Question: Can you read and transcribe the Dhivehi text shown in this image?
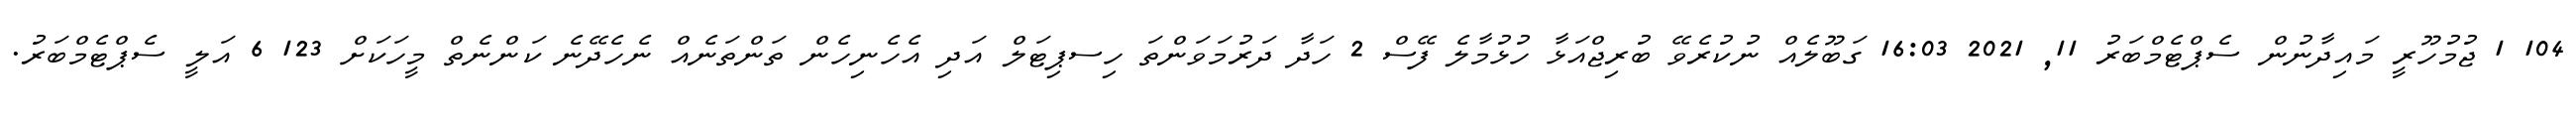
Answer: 104 1 ޖުމުހޫރީ މައިދާނުން ސެޕްޓެމްބަރު 11, 2021 16:03 ގަބޫލެއް ނުކުރެވޭ ބުރިޖްއަޅާ ހުޅުމާލެ ފޭސް 2 ހަދާ ދަރުމަވަންތަ ހިސޕިޓަލް އަދި އެހެނިހެން ތަންތަނެއް ނެހެދޭނެ ކަންނެތް މީހަކަށް 123 6 އަލީ ސެޕްޓެމްބަރު.